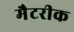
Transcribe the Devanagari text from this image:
मैटरीक